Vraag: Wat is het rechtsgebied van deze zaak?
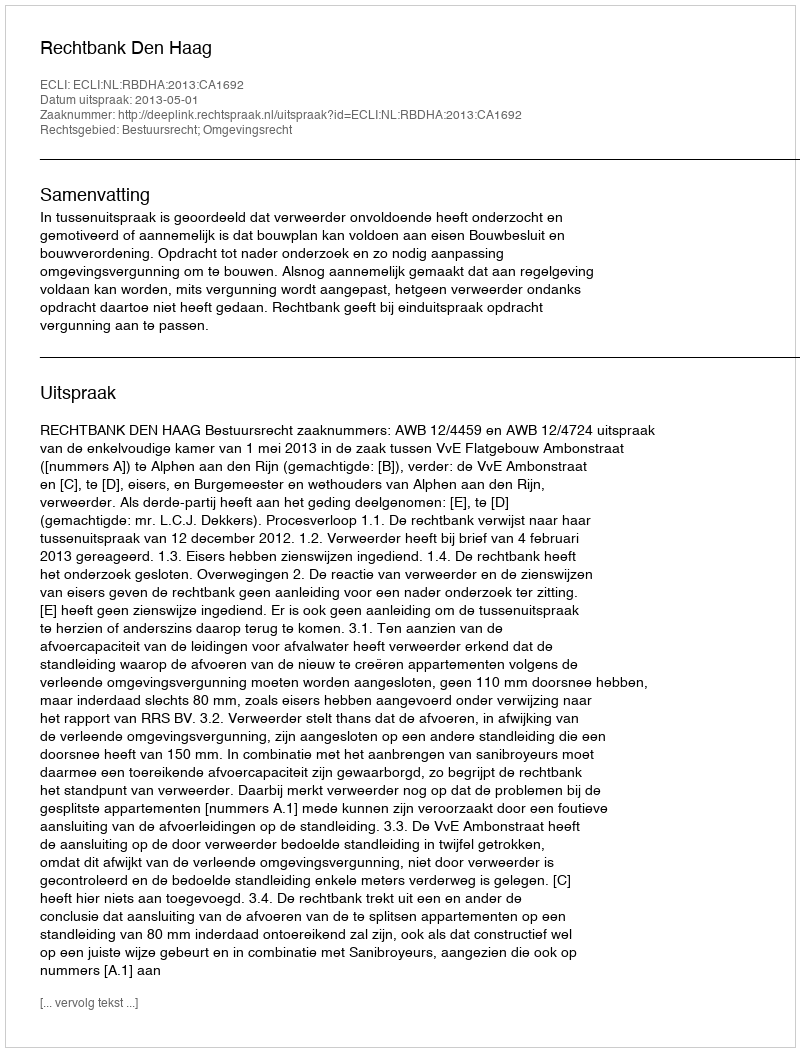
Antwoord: Bestuursrecht; Omgevingsrecht